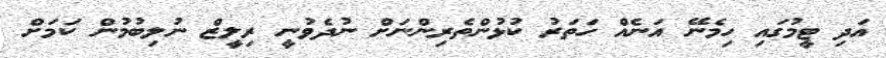
އަދި ޓީމުގައި ހިމެނޭ އަނެއް ހަތަރު ކުޅުންތެރިންނަށް ނުދެވުނީ ރިލީޒް ނުލިބުމުން ކަމަށް